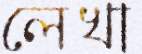
লেখা